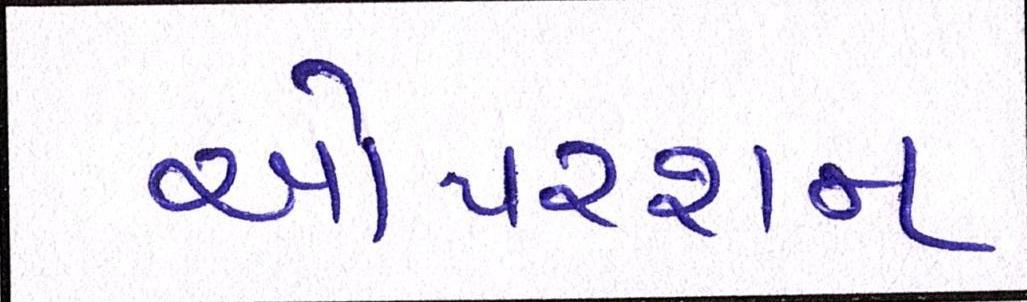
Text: ઓપરશન